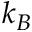
k _ { B }